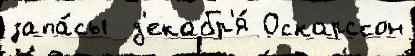
запа́сы  д'екабр'я́ Оскарссон